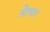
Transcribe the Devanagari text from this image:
ग्रेचा